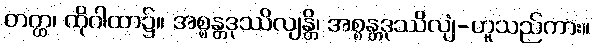
တတ္ထ၊ ထိုဂါထာ၌။ အစ္စန္တဒုဿိလျန္တိ၊ အစ္စန္တဒုဿိလျံ-ဟူသည်ကား။